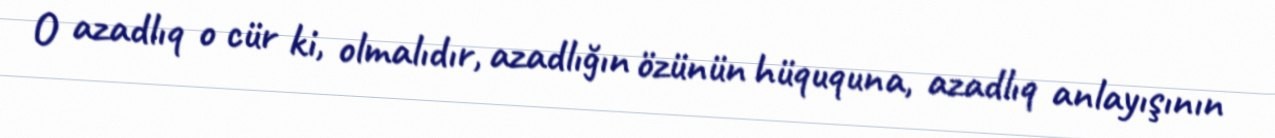
O azadlıq o cür ki, olmalıdır, azadlığın özünün hüququna, azadlıq anlayışının